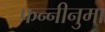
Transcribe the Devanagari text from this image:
फन्नीनुमा